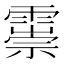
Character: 𩅃